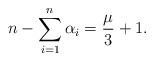
LaTeX: \begin{align*}n-\sum _{i=1}^{n}\alpha _{i} =\frac{\mu}{3}+1.\end{align*}